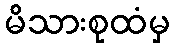
မိသားစုထံမှ